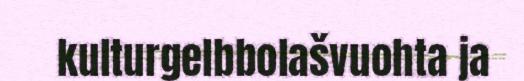
kulturgelbbolašvuohta ja